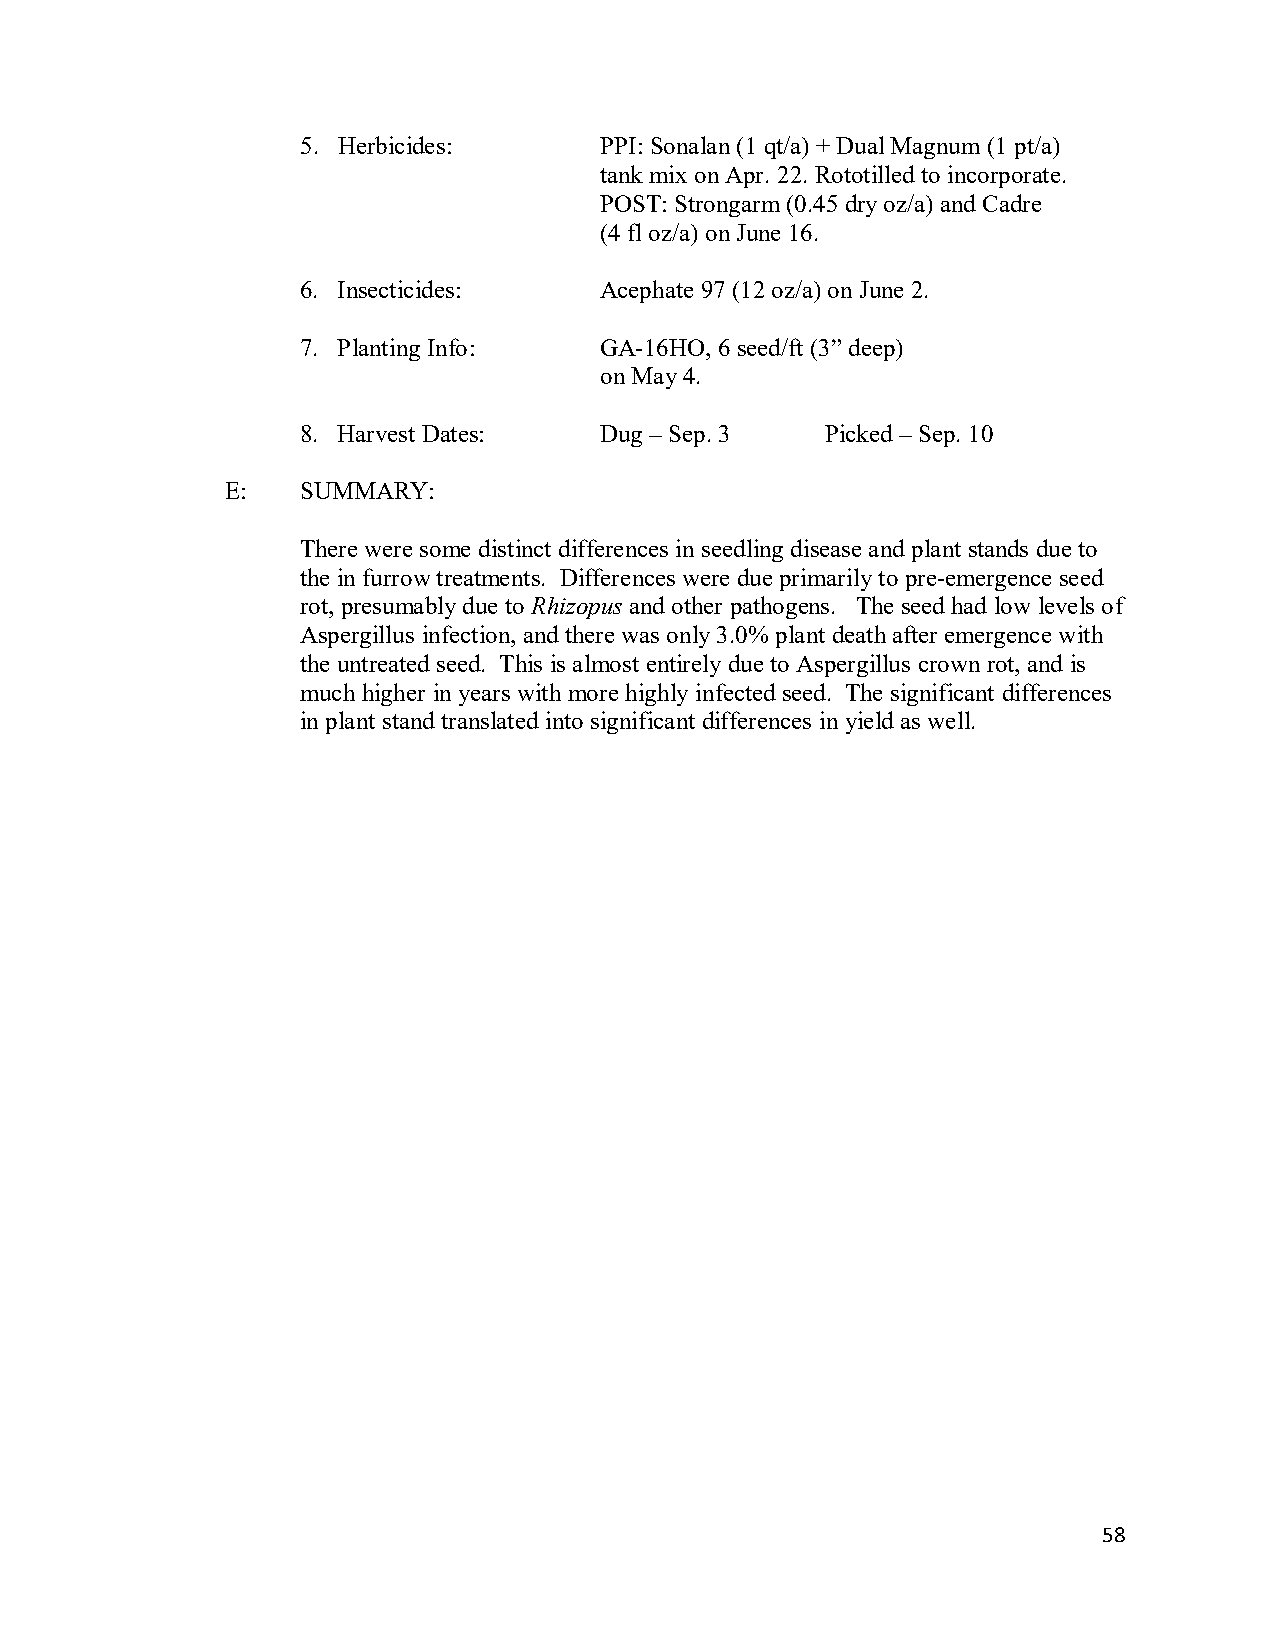
5. Herbicides:      PPI: Sonalan (1 qt/a) + Dual Magnum (1 pt/a)
 tank mix on Apr. 22. Rototilled to incorporate.
 POST: Strongarm (0.45 dry oz/a) and Cadre
 (4 fl oz/a) on June 16.
 6. Insecticides:    Acephate 97 (12 oz/a) on June 2.
 7. Planting Info:   GA-16HO, 6 seed/ft (3” deep)
 on May 4.
 8. Harvest Dates:   Dug – Sep. 3   Picked – Sep. 10
 E:   SUMMARY:
 There were some distinct differences in seedling disease and plant stands due to
 the in furrow treatments. Differences were due primarily to pre-emergence seed
 rot, presumably due to Rhizopus and other pathogens. The seed had low levels of
 Aspergillus infection, and there was only 3.0% plant death after emergence with
 the untreated seed. This is almost entirely due to Aspergillus crown rot, and is
 much higher in years with more highly infected seed. The significant differences
 in plant stand translated into significant differences in yield as well.
 58